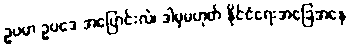
ဥပမာ ဥပဒေ အပြောင်းလဲ၊ ဒါမှမဟုတ် နိုင်ငံရေးအခြေအနေ